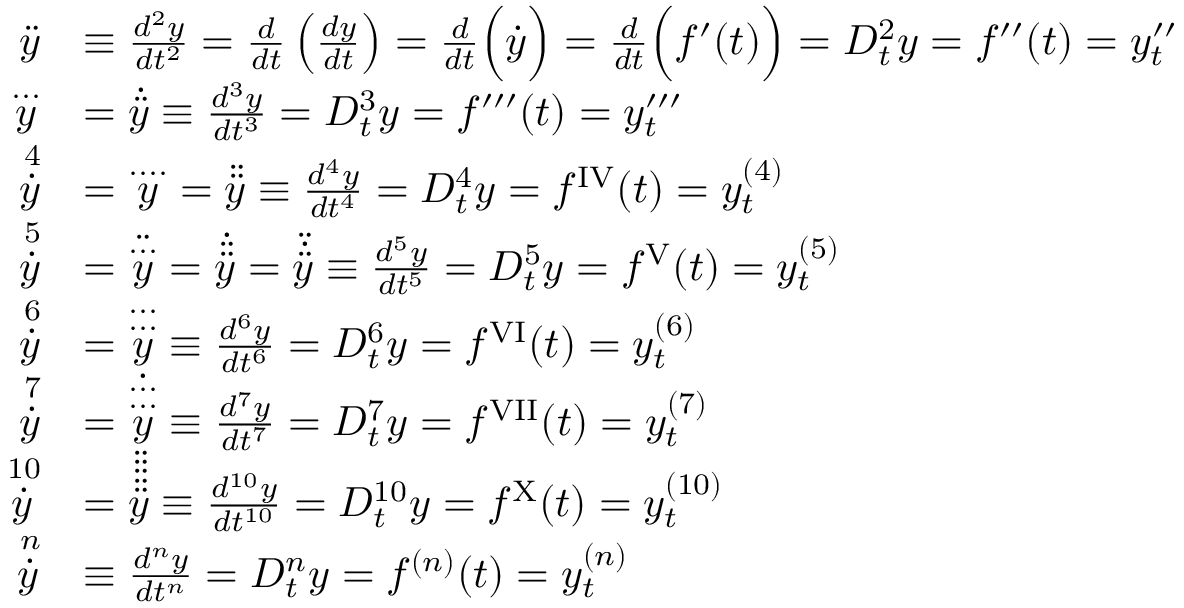
{ \begin{array} { r l } { { \ddot { y } } } & { \equiv { \frac { d ^ { 2 } y } { d t ^ { 2 } } } = { \frac { d } { d t } } \left( { \frac { d y } { d t } } \right) = { \frac { d } { d t } } { \Bigl ( } { \dot { y } } { \Bigr ) } = { \frac { d } { d t } } { \Bigl ( } f ^ { \prime } ( t ) { \Bigr ) } = D _ { t } ^ { 2 } y = f ^ { \prime \prime } ( t ) = y _ { t } ^ { \prime \prime } } \\ { { \overset { . . . } { y } } } & { = { \dot { \ddot { y } } } \equiv { \frac { d ^ { 3 } y } { d t ^ { 3 } } } = D _ { t } ^ { 3 } y = f ^ { \prime \prime \prime } ( t ) = y _ { t } ^ { \prime \prime \prime } } \\ { { \overset { \, 4 } { \dot { y } } } } & { = { \overset { . . . . } { y } } = { \ddot { \ddot { y } } } \equiv { \frac { d ^ { 4 } y } { d t ^ { 4 } } } = D _ { t } ^ { 4 } y = f ^ { \mathrm { { I V } } } ( t ) = y _ { t } ^ { ( 4 ) } } \\ { { \overset { \, 5 } { \dot { y } } } } & { = { \ddot { \overset { . . . } { y } } } = { \dot { \ddot { \ddot { y } } } } = { \ddot { \dot { \ddot { y } } } } \equiv { \frac { d ^ { 5 } y } { d t ^ { 5 } } } = D _ { t } ^ { 5 } y = f ^ { \mathrm { { V } } } ( t ) = y _ { t } ^ { ( 5 ) } } \\ { { \overset { \, 6 } { \dot { y } } } } & { = { \overset { . . . } { \overset { . . . } { y } } } \equiv { \frac { d ^ { 6 } y } { d t ^ { 6 } } } = D _ { t } ^ { 6 } y = f ^ { \mathrm { { V I } } } ( t ) = y _ { t } ^ { ( 6 ) } } \\ { { \overset { \, 7 } { \dot { y } } } } & { = { \dot { \overset { . . . } { \overset { . . . } { y } } } } \equiv { \frac { d ^ { 7 } y } { d t ^ { 7 } } } = D _ { t } ^ { 7 } y = f ^ { \mathrm { { V I I } } } ( t ) = y _ { t } ^ { ( 7 ) } } \\ { { \overset { \, 1 0 } { \dot { y } } } } & { = { \ddot { \ddot { \ddot { \ddot { \ddot { y } } } } } } \equiv { \frac { d ^ { 1 0 } y } { d t ^ { 1 0 } } } = D _ { t } ^ { 1 0 } y = f ^ { \mathrm { { X } } } ( t ) = y _ { t } ^ { ( 1 0 ) } } \\ { { \overset { \, n } { \dot { y } } } } & { \equiv { \frac { d ^ { n } y } { d t ^ { n } } } = D _ { t } ^ { n } y = f ^ { ( n ) } ( t ) = y _ { t } ^ { ( n ) } } \end{array} }